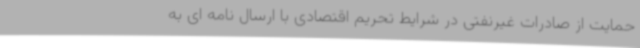
حمایت از صادرات غیرنفتی در شرایط تحریم اقتصادی با ارسال نامه ای به